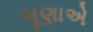
ખૂણાએ